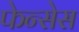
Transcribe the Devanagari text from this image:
फेन्सेस